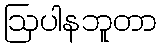
ဩပါနဘူတာ